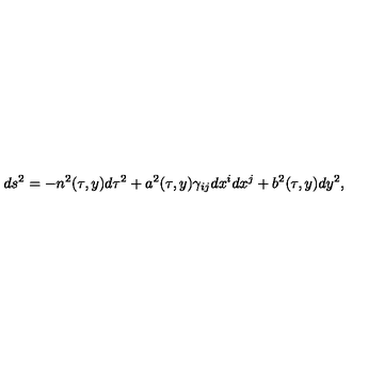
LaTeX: d s ^ { 2 } = - n ^ { 2 } ( \tau , y ) d \tau ^ { 2 } + a ^ { 2 } ( \tau , y ) \gamma _ { i j } d x ^ { i } d x ^ { j } + b ^ { 2 } ( \tau , y ) d y ^ { 2 } ,